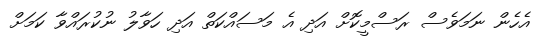
އެހެން ނަމަވެސް ރަސްމީކޮށް އަދި އެ މަސައްކަތް އަދި ހަވާލު ނުކުރައްވާ ކަމަށް